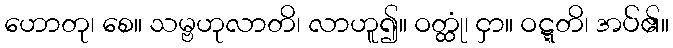
ဟောတု၊ စေ။ သမ္ဗဟုလာတိ၊ လာဟူ၍။ ဝတ္ထုံ၊ ငှာ။ ဝဋ္ဋတိ၊ အပ်၏။